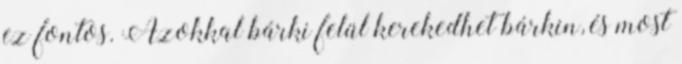
ez fontos. Azokkal bárki felül kerekedhet bárkin, és most